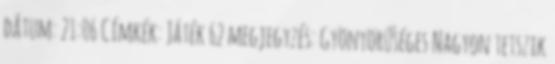
dátum: 21:06 Címkék: Játék 62 megjegyzés: Gyönyörűséges Nagyon tetszik